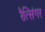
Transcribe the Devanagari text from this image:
रैत्सिंगर